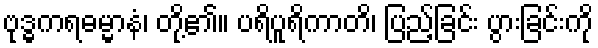
ဗုဒ္ဓကရဓမ္မာနံ၊ တို့၏။ ပရိပူရိကာတိ၊ ပြည့်ခြင်း ပွားခြင်းကို